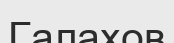
Галахов